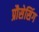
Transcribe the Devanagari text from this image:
प्रौसेसिंग